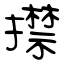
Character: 㩒